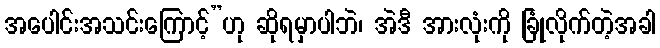
အပေါင်းအသင်းကြောင့်”ဟု ဆိုရမှာပါဘဲ၊ အဲဒီ အားလုံးကို ခြုံလိုက်တဲ့အခါ